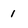
Character: 1